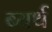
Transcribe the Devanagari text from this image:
ब्यर्थ